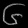
Digit: ၆